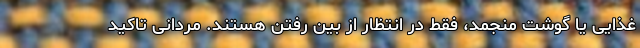
غذایی یا گوشت منجمد، فقط در انتظار از بین رفتن هستند. مردانی تاکید